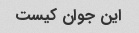
این جوان کیست